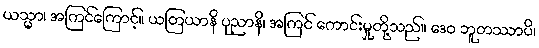
ယသ္မာ၊ အကြင်ကြောင့်။ ယတြယာနိ ပုညာနိ၊ အကြင် ကောင်းမှုတို့သည်။ ဒေဝ ဘူတဿာပိ၊